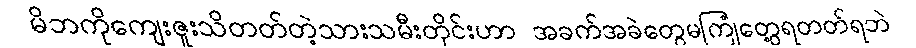
မိဘကိုကျေးဇူးသိတတ်တဲ့သားသမီးတိုင်းဟာ အခက်အခဲတွေမကြုံတွေ့ရတတ်ရဘဲ